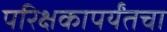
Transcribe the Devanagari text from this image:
परिक्षकापर्यंतचा